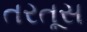
તરતૂસ